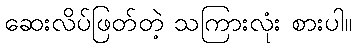
ဆေးလိပ်ဖြတ်တဲ့ သကြားလုံး စားပါ။